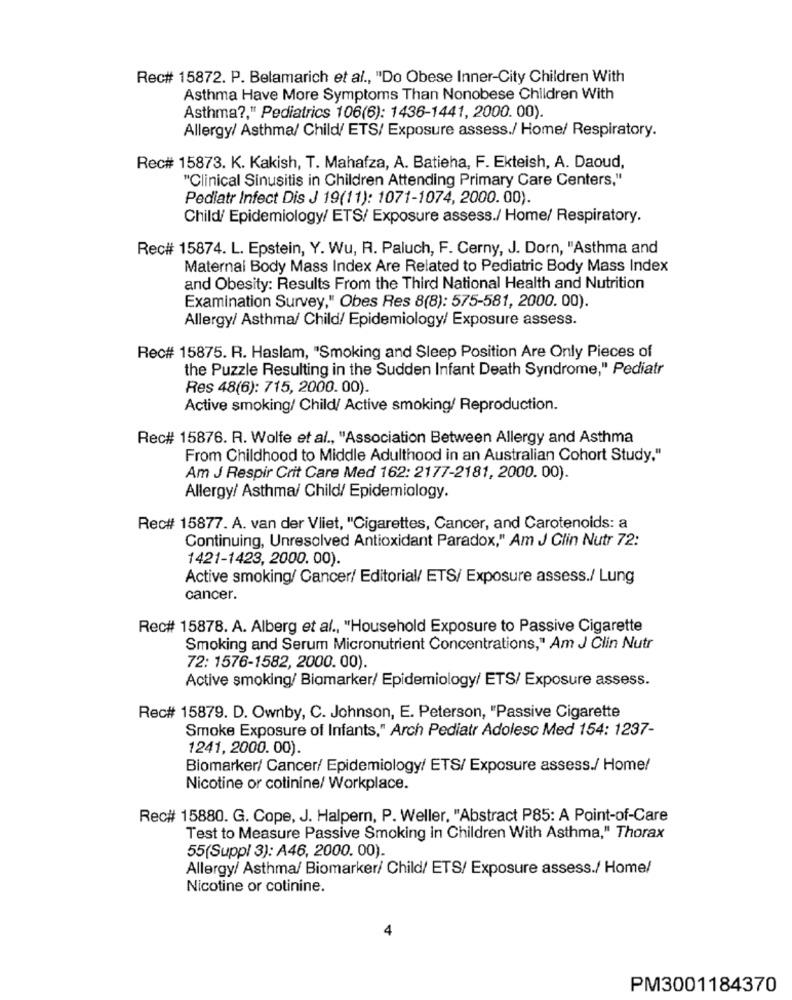
Rec# 15872. P. Belamarich et al ., "Do Obese Inner-City Children With
Asthma Have More Symptoms Than Nonobese Children With
Asthma ?, " Pediatrics 106(6): 1436-1441, 2000. 00).
Allergy/ Asthma/ Child/ ETS/ Exposure assess./ Home/ Respiratory.
Rec# 15873. K. Kakish, T. Mahafza, A. Batieha, F. Ekteish, A. Daoud,
"Clinical Sinusitis in Children Attending Primary Care Centers,"
Pediatr Infect Dis J 19(11): 1071-1074, 2000.00).
Child/ Epidemiology/ ETS/ Exposure assess./ Home/ Respiratory.
Rec# 15874. L. Epstein, Y. Wu, R. Paluch, F. Cerny, J. Dorn, "Asthma and
Maternal Body Mass Index Are Related to Pediatric Body Mass Index
and Obesity: Results From the Third National Health and Nutrition
Examination Survey," Obes Res 8(8): 575-581, 2000. 00).
Allergy/ Asthma/ Child/ Epidemiology/ Exposure assess.
Rec# 15875. R. Haslam, "Smoking and Sleep Position Are Only Pieces of
the Puzzle Resulting in the Sudden Infant Death Syndrome," Pediatr
Res 48(6): 715, 2000.00).
Active smoking/ Child/ Active smoking/ Reproduction.
Rec# 15876. R. Wolfe et al ., "Association Between Allergy and Asthma
From Childhood to Middle Adulthood in an Australian Cohort Study."
Am J Respir Crit Care Med 162: 2177-2181, 2000. 00).
Allergy/ Asthma/ Child/ Epidemiology.
Rec# 15877. A. van der Vliet, "Cigarettes, Cancer, and Carotenoids: a
Continuing, Unresolved Antioxidant Paradox," Am J Clin Nutr 72:
1421-1423, 2000. 00).
Active smoking/ Cancer/ Editorial/ ETS/ Exposure assess./ Lung
cancer.
Rec# 15878. A. Alberg et al ., "Household Exposure to Passive Cigarette
Smoking and Serum Micronutrient Concentrations," Am J Clin Nutr
72: 1576-1582, 2000. 00).
Active smoking/ Biomarker/ Epidemiology/ ETS/ Exposure assess.
Rec# 15879. D. Ownby, C. Johnson, E. Peterson, "Passive Cigarette
Smoke Exposure of Infants," Arch Pediatr Adolesc Med 154: 1237-
1241, 2000. 00).
Biomarker/ Cancer/ Epidemiology/ ETS/ Exposure assess./ Home/
Nicotine or cotinine/ Workplace.
Rec# 15880. G. Cope, J. Halpern, P. Weller, "Abstract P85: A Point-of-Care
Test to Measure Passive Smoking in Children With Asthma," Thorax
55(Suppl 3): A46, 2000. 00).
Allergy/ Asthma/ Biomarker/ Child/ ETS/ Exposure assess./ Home/
Nicotine or cotinine.
4
PM3001184370